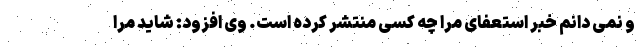
و نمی دانم خبر استعفای مرا چه کسی منتشر کرده است. وی افزود: شاید مرا